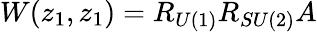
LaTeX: W(z_{1},z_{1})=R_{U(1)}R_{SU(2)}A